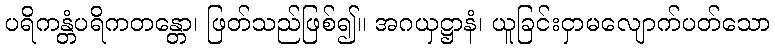
ပရိကန္တံပရိကတန္တော၊ ဖြတ်သည်ဖြစ်၍။ အဂယှဋ္ဌာနံ၊ ယူခြင်းငှာမလျောက်ပတ်သော